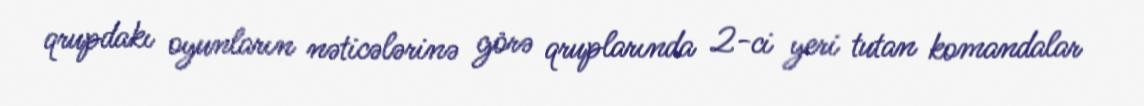
qrupdakı oyunların nəticələrinə görə qruplarında 2-ci yeri tutan komandalar